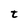
Character: t